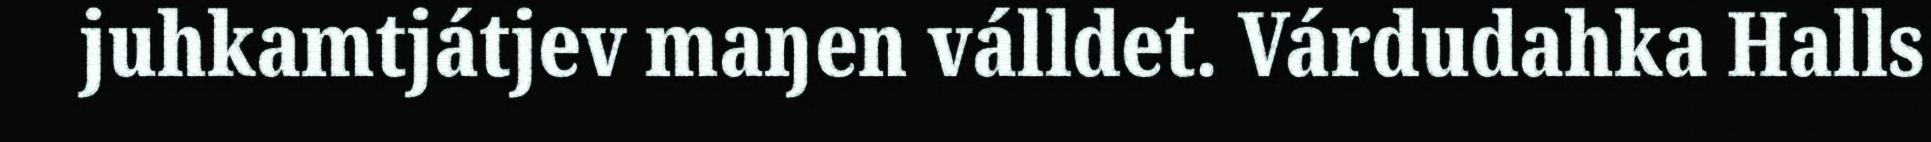
juhkamtjátjev maŋen válldet. Várdudahka Halls